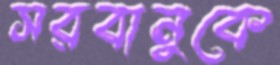
সরবানুকে